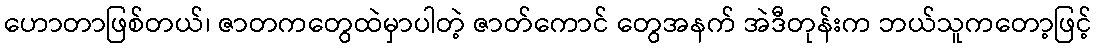
ဟောတာဖြစ်တယ်၊ ဇာတကတွေထဲမှာပါတဲ့ ဇာတ်ကောင် တွေအနက် အဲဒီတုန်းက ဘယ်သူကတော့ဖြင့်